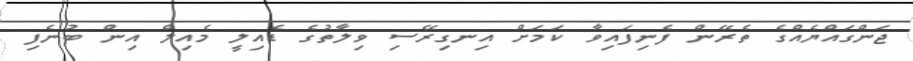
ޖަންގައްޔެއްގެ ތެރޭން ފެނިފައިވާ ކަމަށް އިނގިރޭސި ވިލާތުގެ ޑެއިލީ މެއިލް އިން ބުނެފި